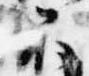
不